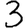
Digit: 3